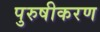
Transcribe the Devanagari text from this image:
पुरुषीकरण